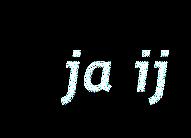
ja ij